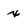
Character: x